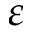
\varepsilon